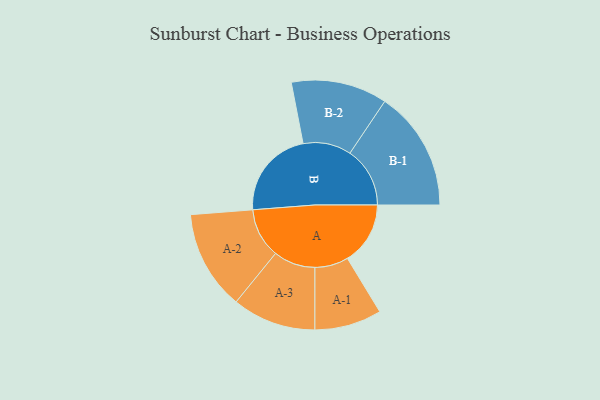
{"axis": {"x": "Segment", "y": "Value"}, "legend": ["", "A", "B"], "data": [{"x": "A", "y": 311, "type": ""}, {"x": "B", "y": 442, "type": ""}, {"x": "A-1", "y": 166, "type": "A"}, {"x": "A-2", "y": 246, "type": "A"}, {"x": "A-3", "y": 207, "type": "A"}, {"x": "B-1", "y": 297, "type": "B"}, {"x": "B-2", "y": 238, "type": "B"}]}